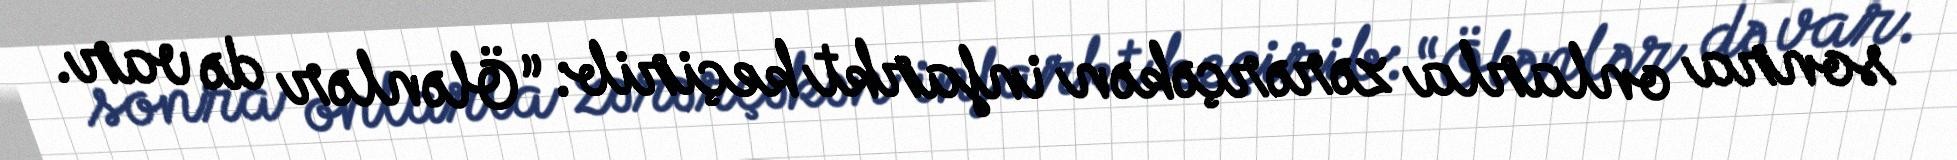
sonra onlarla zərərçəkən infarkt keçirib: “Ölənlər də var.